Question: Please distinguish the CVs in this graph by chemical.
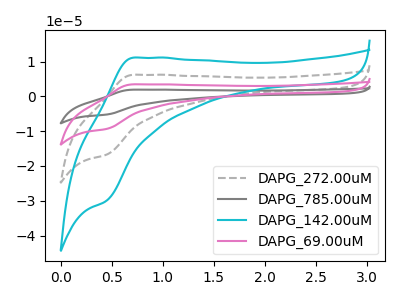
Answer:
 <answer>The gray dashed curve is labeled "DAPG_272.00uM". The gray curve is labeled "DAPG_785.00uM". The cyan curve is labeled "DAPG_142.00uM". The pink curve is labeled "DAPG_69.00uM".</answer>
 <eval></eval>